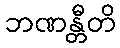
ဘဏန္တီတိ